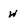
Character: W